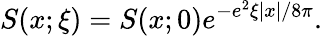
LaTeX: S(x;\xi)=S(x;0)e^{-e^{2}\xi\left|x\right|/8\pi}.